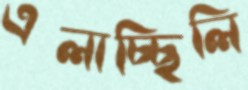
এলাচ্ছিলি